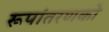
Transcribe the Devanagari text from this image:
रूपांतरणको